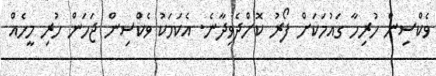
ވެކްސިން ހުރިހާ ގައުމަކަށް ފޯރު ކޮށްދެވިދާނެ. އެކަމަކު ވެކްސިން ޖަހަން ހުރި މީހެއް